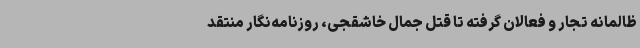
ظالمانه تجار و فعالان گرفته تا قتل جمال خاشقجی، روزنامه‌نگار منتقد